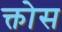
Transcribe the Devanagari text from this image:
क्तोस